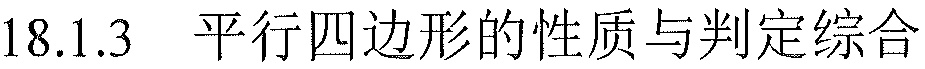
18.1.3  平行四边形的性质与判定综合